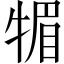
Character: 𤚤